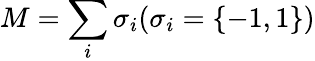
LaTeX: M=\sum_{i}\sigma_{i}(\sigma_{i}=\{ -1,1\} )